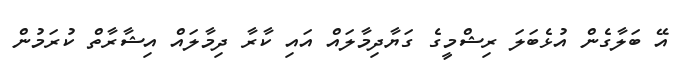
އޭ ބަލާގެން އުޅެބަލަ ރިޝްމީގެ ގަޔާދިމާލައް އައި ކާރާ ދިމާލައް އިޝާރާތް ކުރަމުން